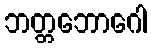
ဘတ္တဘောဂေါ